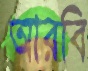
আরবি